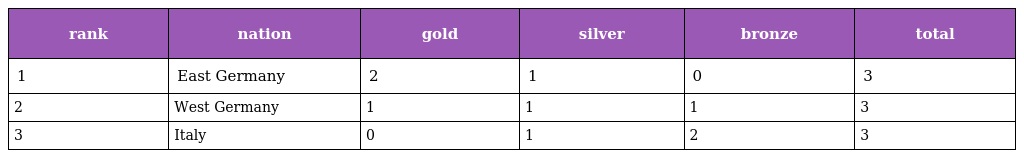
| rank | nation | gold | silver | bronze | total |
 | --- | --- | --- | --- | --- | --- |
 | 1 | East Germany | 2 | 1 | 0 | 3 |
 | 2 | West Germany | 1 | 1 | 1 | 3 |
 | 3 | Italy | 0 | 1 | 2 | 3 |